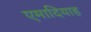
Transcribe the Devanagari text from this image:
एमादियाह